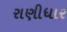
રાણીધાર